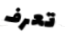
تعرف